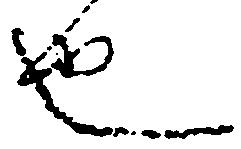
也